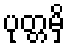
ပုတ္တမှိ